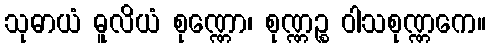
သုဓာယံ ဓူလိယံ စုဏ္ဏော၊ စုဏ္ဏဉ္စ ဝါသစုဏ္ဏကေ။